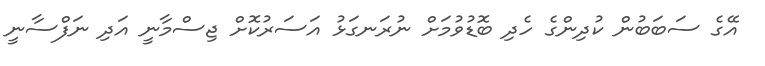
އޭގެ ސަބަބުން ކުދިންގެ ހެދި ބޮޑުވުމަށް ނުރަނގަޅު އަސަރުކޮށް ޖިސްމާނީ އަދި ނަފްސާނީ